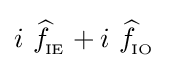
i\ {\widehat {f}}\!_{_{\text{IE}}}+i\ {\widehat {f}}\!_{_{\text{IO}}}